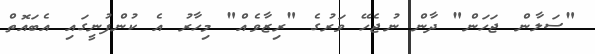
"ސަލާން ޖަހަން" ދާން ނުޖެހޭ ވަރުގެ "ރިޒާވެއް" މިހާރު އެ ކުންފުނީގައި އެބައޮތް